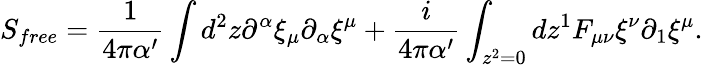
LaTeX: S_{free}=\frac{1}{4\pi\alpha^{\prime}}\int d^{2}z\partial^{\alpha}\xi_{\mu}\partial_{\alpha}\xi^{\mu}+\frac{i}{4\pi\alpha^{\prime}}\int_{z^{2}=0}dz^{1}F_{\mu\nu}\xi^{\nu}\partial_{1}\xi^{\mu}.